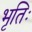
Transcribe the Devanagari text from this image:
भृतिः